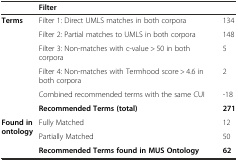
<table><thead><tr><td></td><td><b>Filter</b></td><td></td></tr></thead><tbody><tr><td rowspan="6"><b>Terms</b></td><td>Filter 1: Direct UMLS matches in both corpora</td><td>134</td></tr><tr><td>Filter 2: Partial matches to UMLS in both corpora</td><td>148</td></tr><tr><td>Filter 3: Non-matches with c-value &gt; 50 in both corpora</td><td>5</td></tr><tr><td>Filter 4: Non-matches with Termhood score &gt; 4.6 in both corpora</td><td>2</td></tr><tr><td>Combined recommended terms with the same CUI</td><td>-18</td></tr><tr><td><b>Recommended Terms (total)</b></td><td><b>271</b></td></tr><tr><td rowspan="2"><b>Found in ontology</b></td><td>Fully Matched</td><td>12</td></tr><tr><td>Partially Matched</td><td>50</td></tr><tr><td></td><td><b>Recommended Terms found in MUS Ontology</b></td><td><b>62</b></td></tr></tbody></table>